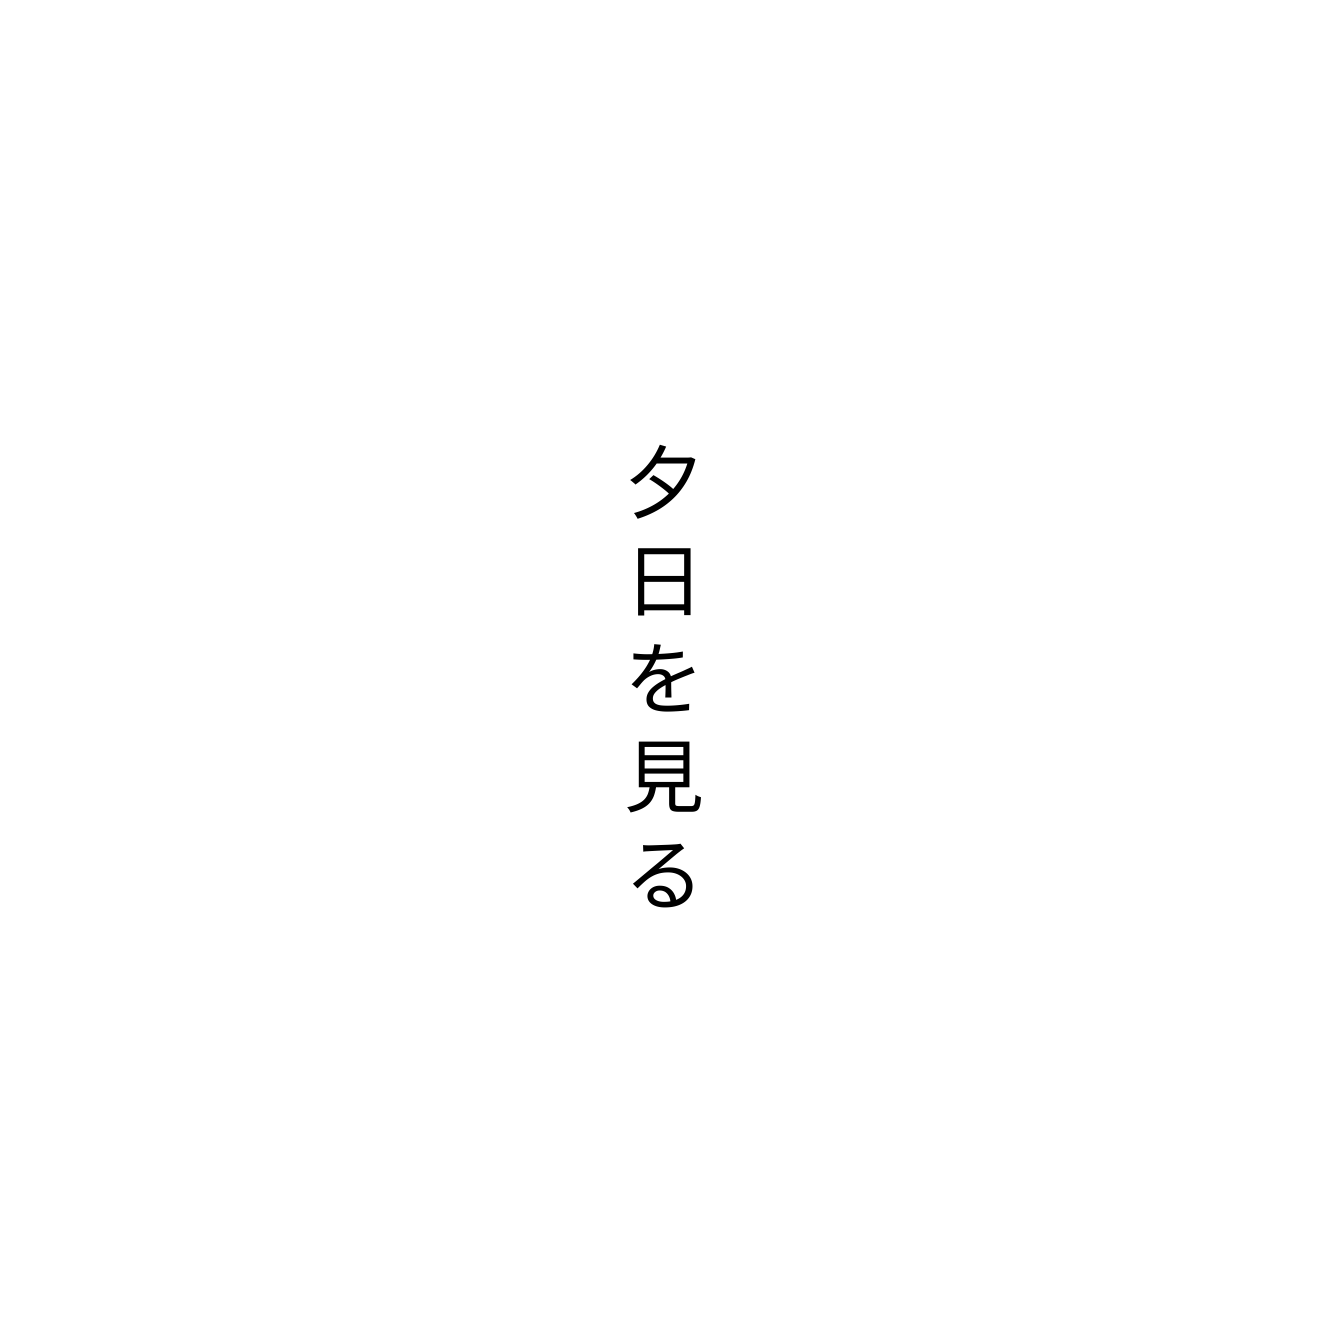
夕日を見る